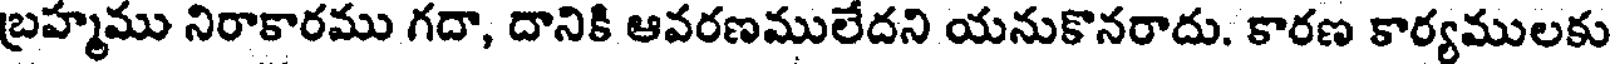
బ్రహ్మము నిరాకారము గదా, దానికి ఆవరణములేదని యనుకొనరాదు. కారణ కార్యములకు